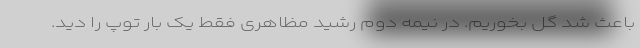
باعث شد گل بخوریم. در نیمه دوم رشید مظاهری فقط یک بار توپ را دید.